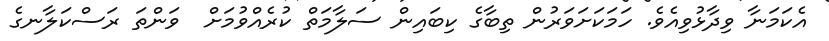
އެކަމަނާ ވިދާޅުވިއެވެ. ހަމަކަށަވަރުން ތިބާގެ ކިބައިން ސަލާމަތް ކުރެއްވުމަށް  ވަންތަ ރަސްކަލާނގެ